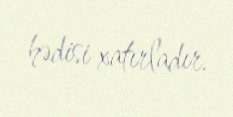
hədisi xatırladır.